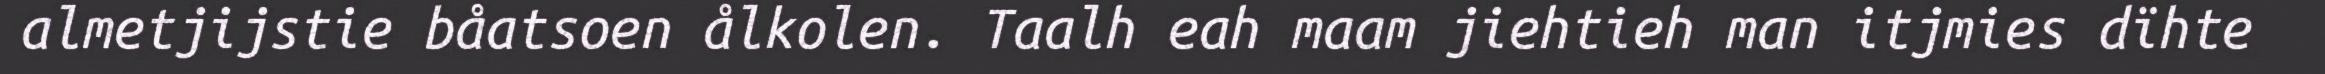
almetjijstie båatsoen ålkolen. Taalh eah maam jiehtieh man itjmies dïhte